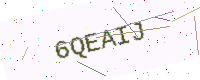
Text: 6QEAIJ